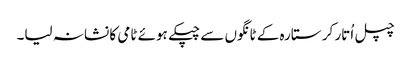
چپل اُتار کر ستارہ کے ٹانگوں سے چپکے ہوئے ٹامی کا نشانہ لیا۔